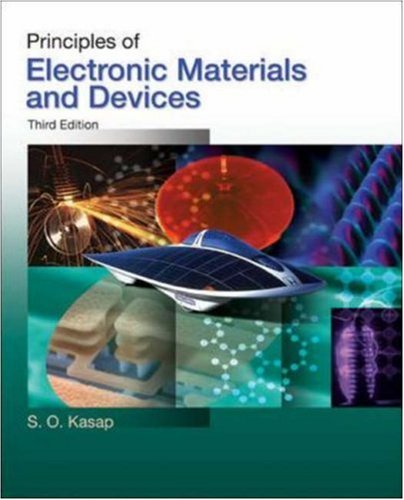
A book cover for Principles of Electronic Materials and Devices; Safa Kasap; Science & Math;